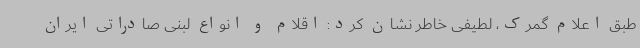
طبق اعلام گمرک، لطیفی خاطر نشان کرد: اقلام و انواع لبنی صادراتی ایران